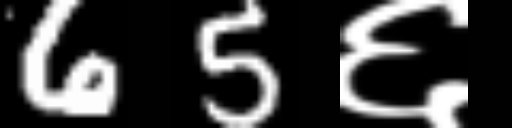
Text: 65६